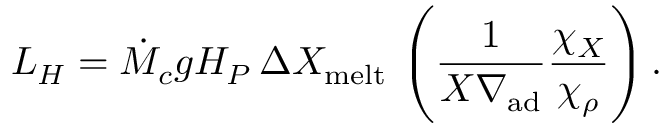
L _ { H } = \dot { M } _ { c } g H _ { P } \, \Delta X _ { \mathrm { m e l t } } \, \left( { \frac { 1 } { X \nabla _ { \mathrm { a d } } } } { \frac { \chi _ { X } } { \chi _ { \rho } } } \right) .